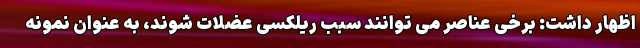
اظهار داشت: برخی عناصر می توانند سبب ریلکسی عضلات شوند، به عنوان نمونه